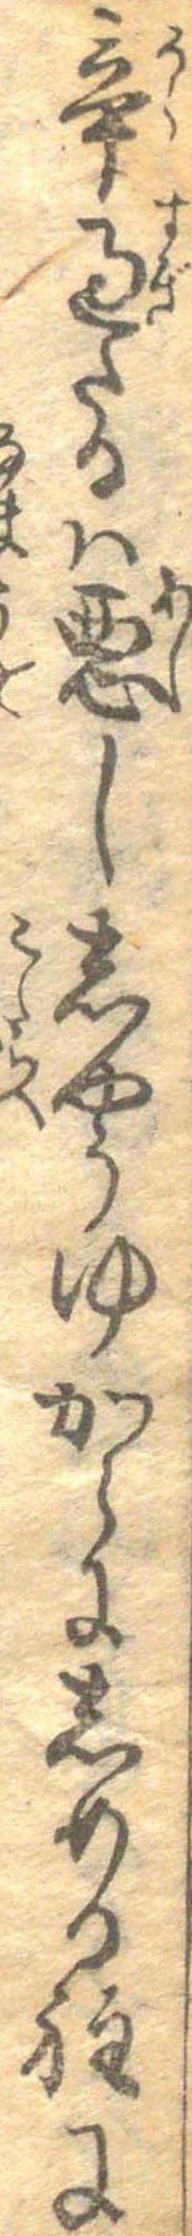
辛過たるは悪ししやうゆからにしめる程に